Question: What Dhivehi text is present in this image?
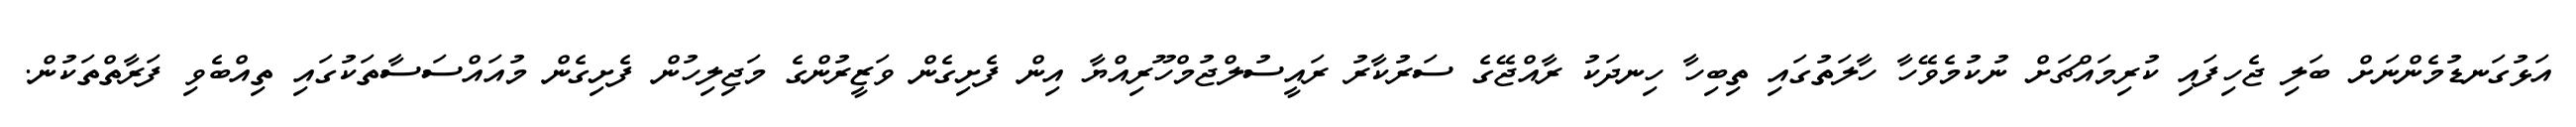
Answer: އަޅުގަނޑުމެންނަށް ބަލި ޖެހިފައި ކުރިމައްޗަށް ނުކުމެވޭހާ ހާލަތުގައި ތިބިހާ ހިނދަކު ރާއްޖޭގެ ސަރުކާރު ރައީސުލްޖުމްހޫރިއްޔާ އިން ފެށިގެން ވަޒީރުންގެ މަޖިލިހުން ފެށިގެން މުއައްސަސާތަކުގައި ތިއްބެވި ފަރާތްތަކުން.